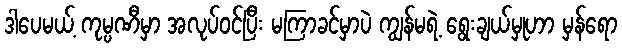
ဒါပေမယ့် ကုမ္ပဏီမှာ အလုပ်ဝင်ပြီး မကြာခင်မှာပဲ ကျွန်မရဲ့ ရွေးချယ်မှုဟာ မှန်ရော